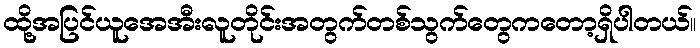
ထို့အပြင်ယူအေအီးလူတိုင်းအတွက်တစ်သွက်တွေကတော့ရှိပါတယ်။